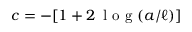
c = - [ 1 + 2 \, \mathrm { ~ l ~ o ~ g ~ } ( a / \ell ) ]